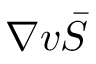
\nabla \boldsymbol { v } \bar { S }